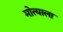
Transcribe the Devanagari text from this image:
मोत्याला